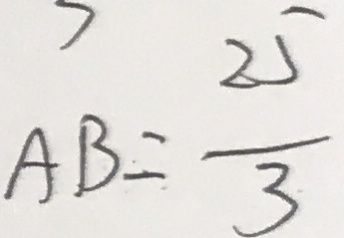
A B = \frac { 2 5 } { 3 }